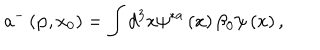
a ^ { - } \left( { \bf p } , x _ { 0 } \right) = \int d ^ { 3 } x \psi ^ { \ast a } \left( x \right) \beta _ { 0 } \psi \left( x \right) ,